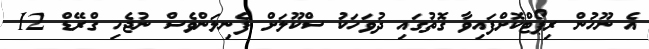
އެ ނޫހުން ރިޕޯޓްކޮށްފައިވާ ގޮތުގައި ދުވަހަކު ސްކޫލަށް ފެނިލަންވެސް ނުޖެހި ގްރޭޑް 12